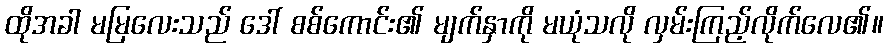
ထိုအခါ မမြလေးသည် ဒေါ် စစ်ကောင်း၏ မျက်နှာကို မယုံသလို လှမ်းကြည့်လိုက်လေ၏။